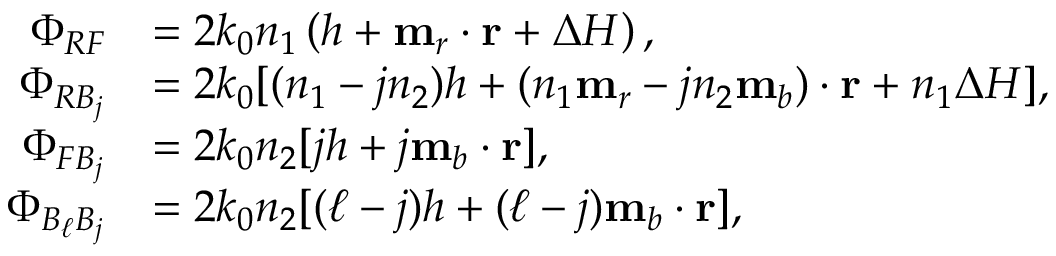
\begin{array} { r l } { \Phi _ { R F } } & { = 2 k _ { 0 } n _ { 1 } \left( h + \mathbf { m } _ { r } \cdot \mathbf { r } + \Delta H \right) , } \\ { \Phi _ { R B _ { j } } } & { = 2 k _ { 0 } [ ( n _ { 1 } - j n _ { 2 } ) h + ( n _ { 1 } \mathbf { m } _ { r } - j n _ { 2 } \mathbf { m } _ { b } ) \cdot \mathbf { r } + n _ { 1 } \Delta H ] , } \\ { \Phi _ { F B _ { j } } } & { = 2 k _ { 0 } n _ { 2 } [ j h + j \mathbf { m } _ { b } \cdot \mathbf { r } ] , } \\ { \Phi _ { B _ { \ell } B _ { j } } } & { = 2 k _ { 0 } n _ { 2 } [ ( \ell - j ) h + ( \ell - j ) \mathbf { m } _ { b } \cdot \mathbf { r } ] , } \end{array}